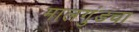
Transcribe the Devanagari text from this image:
मालगुंडचा